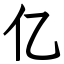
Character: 亿